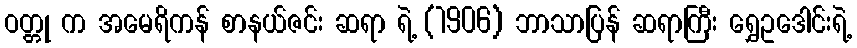
ဝတ္တု က အမေရိကန် စာနယ်ဇင်း ဆရာ ရဲ့ (1906) ဘာသာပြန် ဆရာကြီး ရွှေဥဒေါင်းရဲ့